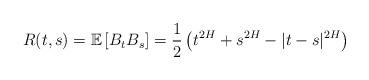
LaTeX: \begin{align*}R(t,s)=\mathbb{E}\left[B_{t}B_{s}\right]=\frac{1}{2}\left(t^{2H}+s^{2H}-|t-s|^{2H}\right)\end{align*}